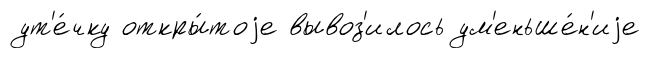
ут'е́чку откры́тоjе вывоз'илось ум'еньше́н'иjе